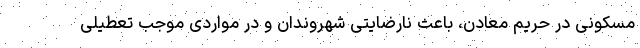
مسکونی در حریم معادن، باعث نارضایتی شهروندان و در مواردی موجب تعطیلی